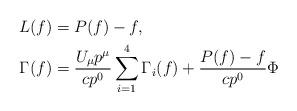
LaTeX: \begin{align*} L(f)&= P(f)-f , \cr \Gamma (f)&=\frac{U_\mu p^\mu}{c p^0} \sum_{i=1}^4\Gamma_i (f)+\frac{P(f)-f}{c p^0} \Phi \end{align*}